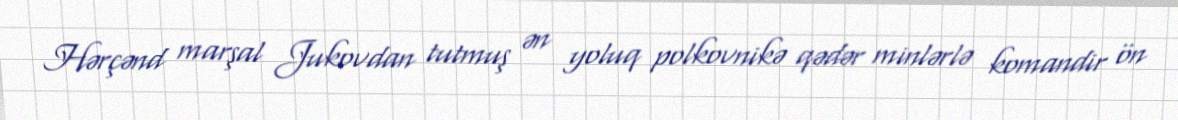
Hərçənd marşal Jukovdan tutmuş ən yoluq polkovnikə qədər minlərlə komandir ön